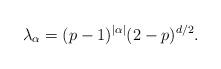
LaTeX: \begin{align*} \lambda_\alpha = (p-1)^{|\alpha|}(2-p)^{d/2}.\end{align*}